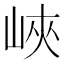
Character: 峽